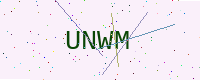
Text: UNWM